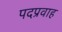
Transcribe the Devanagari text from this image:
पदप्रवाह